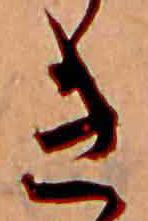
き